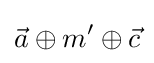
{\vec {a}}\oplus m^{\prime }\oplus {\vec {c}}